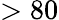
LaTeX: >80